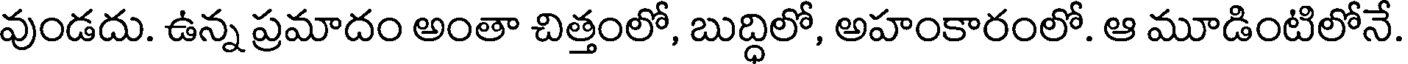
వుండదు. ఉన్న ప్రమాదం అంతా చిత్తంలో, బుద్ధిలో, అహంకారంలో. ఆ మూడింటిలోనే